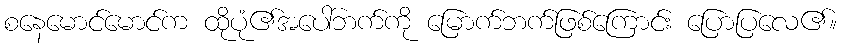
စနေမောင်မောင်က ထိုပုံ၏အပေါ်ဘက်ကို မြောက်ဘက်ဖြစ်ကြောင်း ပြောပြလေ၏။